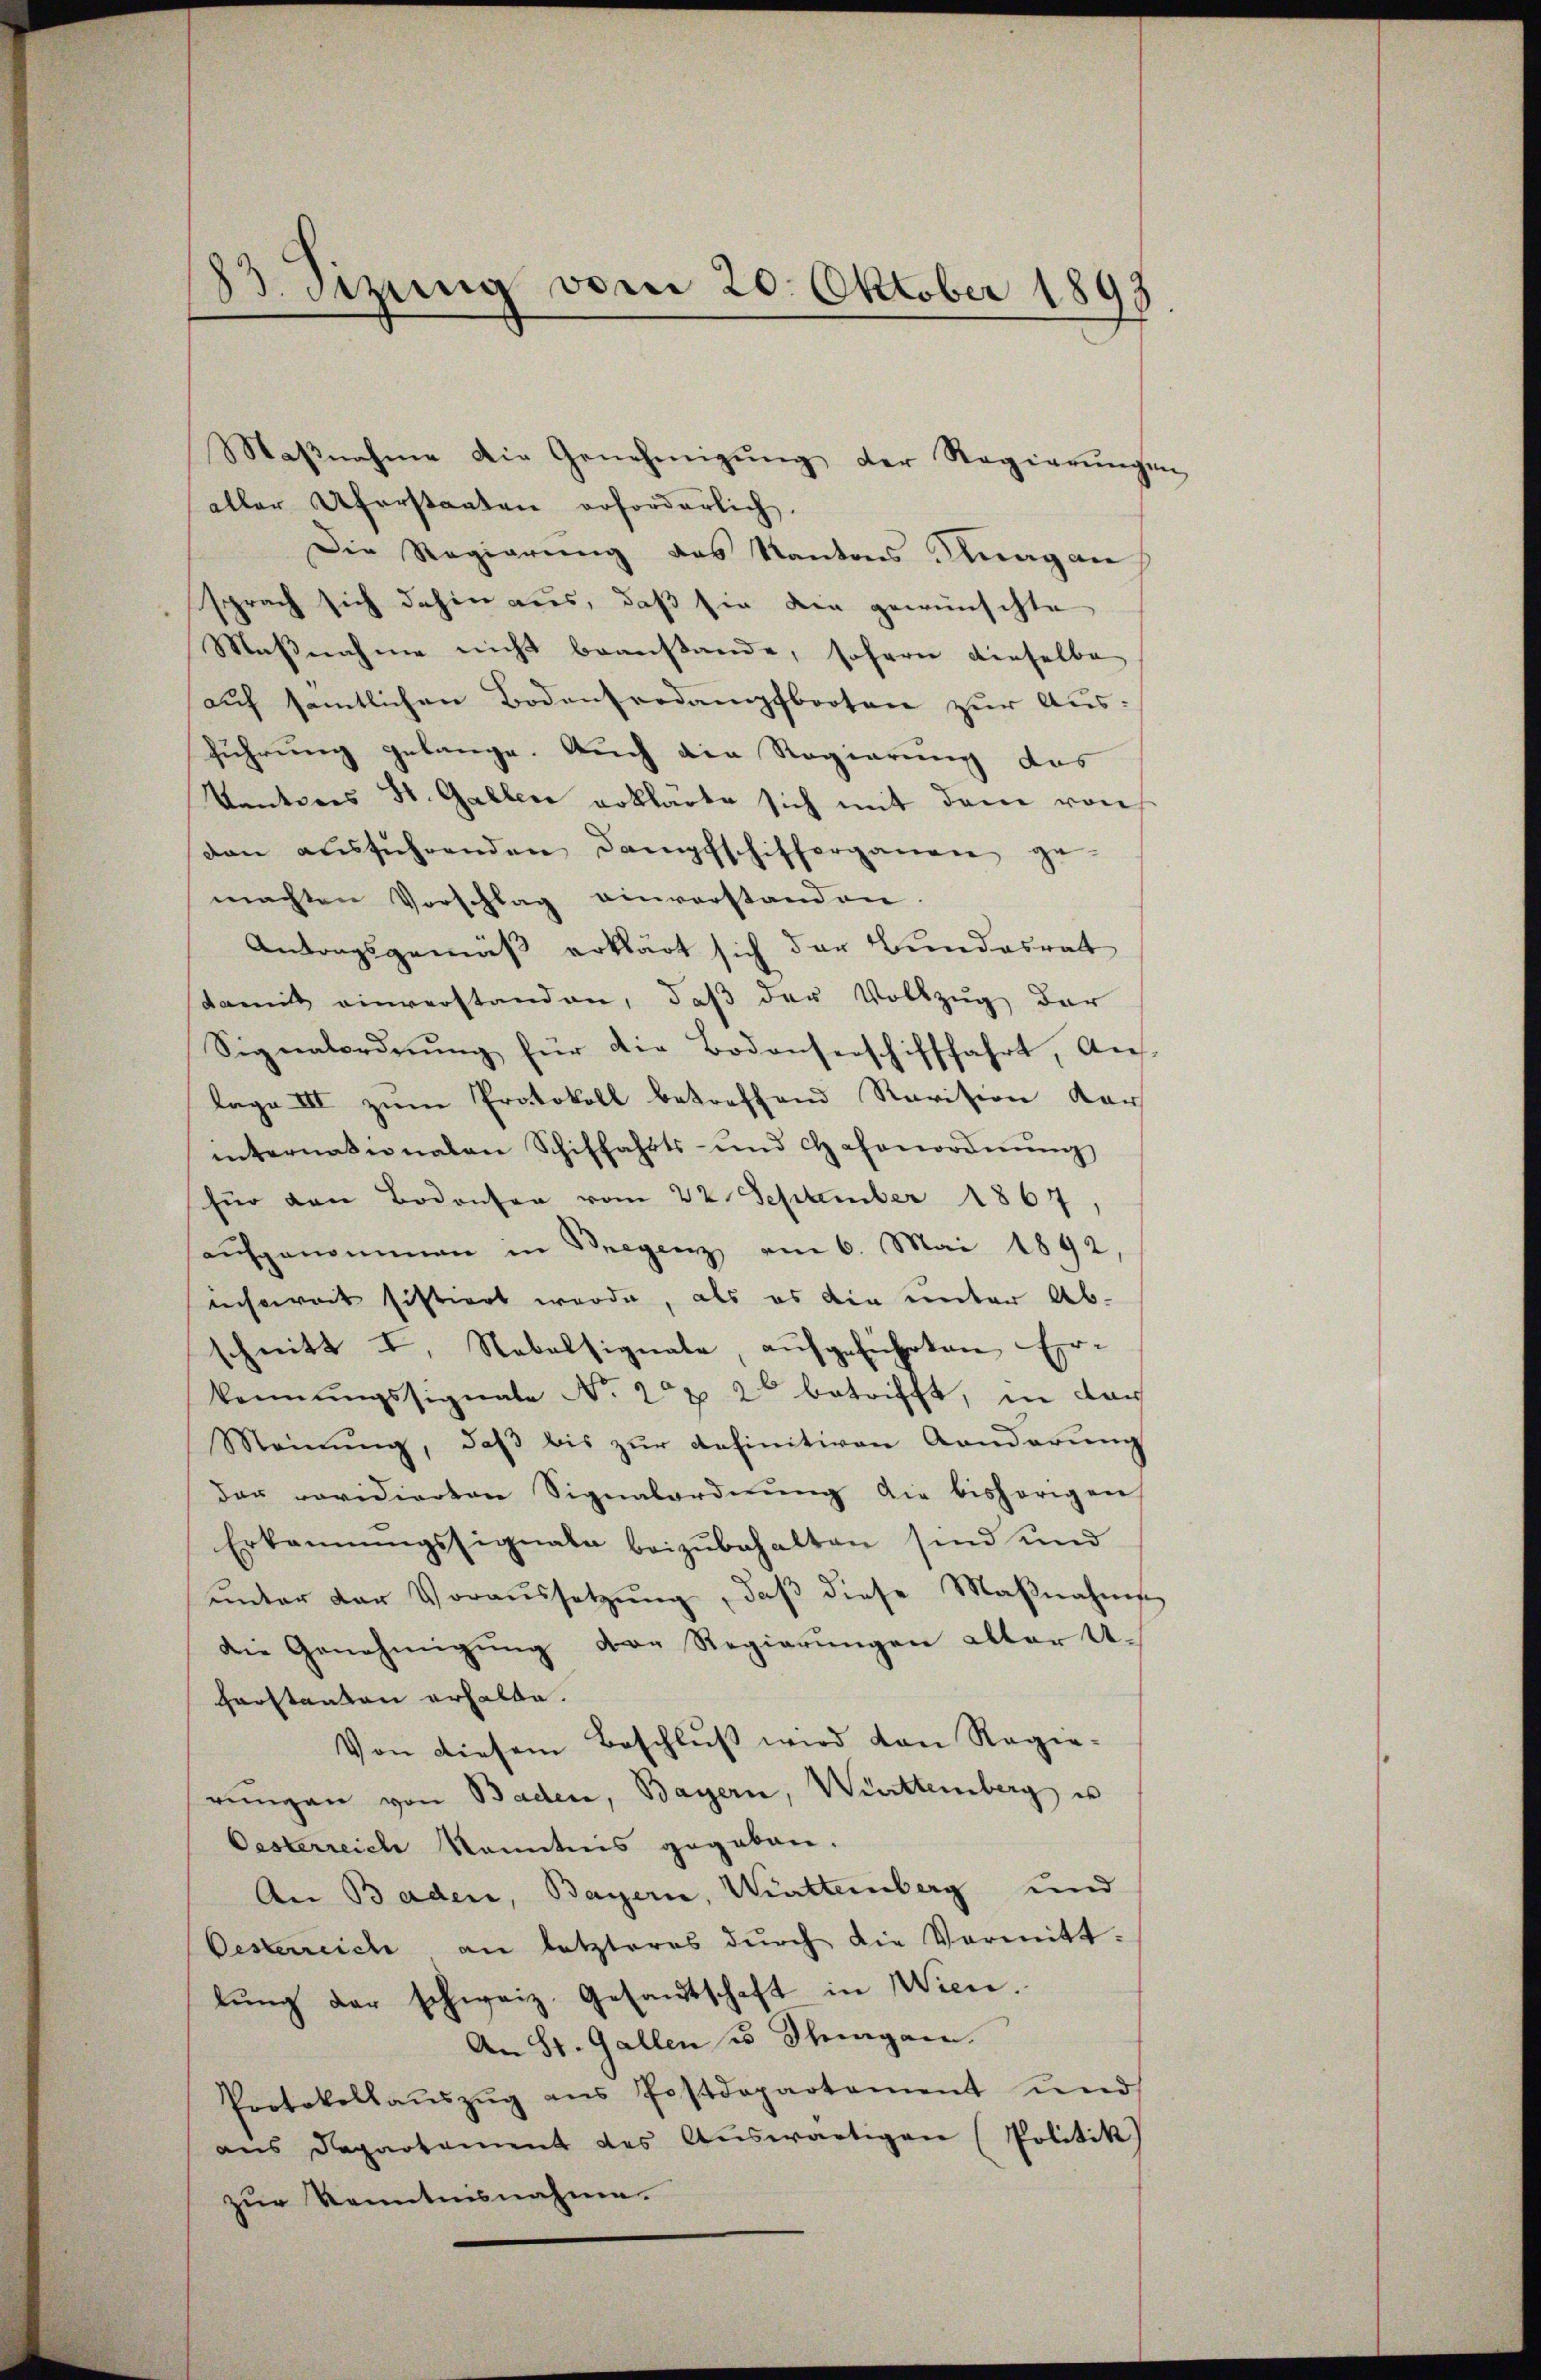
33 etzung vom 20. Oktober 1893.

Maβnahme die Genehmigŭng der Regierŭngen
aller Uferstaaten erforderlich.
Die Regierung des Kantons Knagan
sprach sich dahin aus, daß sie die gewünschte
Maßnahme nicht beanstande, sofern dieselbe
auf sämtlichen Bodensredampfbooten zur Aus-
führung gelange. Auch die Regierung des
Kantones St. Gallen erklärte sich mit dem von
dan ausführenden Dampfschifferganen ge-
machten Vorschlag einverstanden.
Antragsgemäß erklärt sich der Bundesrat
damit einverstanden, daß der Vollzug der
Signalordnŭng für die Bodenserschifffahrt, Aus-
lage III zum Protokoll betreffend Revision Kar
internationalen Schiffahrts- und Casanordnŭng
für den Bodenser vom 22. September 1867,
aufgenommen in Bregenz am 6. Mai 1892
nsoweit histiert werde, als es die unter Ab-
schnitt I. Rabalsignale, aufgeführten Erkennungssignale No. 222 betrifft, in dar
Meinŭng, daβ bis zŭr definitiven Aenderung
der revidierten Signabordnŭng die bisherigen
Erkannŭngssignate beizŭbehalten sind und
ŭnter der Voraŭssetzŭng, daβ diese Maβnahme
die Genehmigŭng der Regierungen alter U
Harstanton erhalte.
Von diesem Beschlŭβ wird von Regie-
rŭngen von Baden, Bayern, Württemberg u
Oesterreich kanntnis gegeben.
An Baden, Bayern, Württemberg und
Oesterreich an letzteres durch die Vormittlŭng der schweiz. Gesandtschaft in Wien.
An St. Gallen u Stragen.
Protokollaŭszŭg ans Postdepartement und
aus Departement des Auswärtigen (Politik
zur Kenntnisnahme.